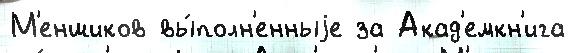
М'еншиков вы́полн'енныjе за Акад'емкн'ига